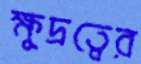
ক্ষুদ্রত্বের